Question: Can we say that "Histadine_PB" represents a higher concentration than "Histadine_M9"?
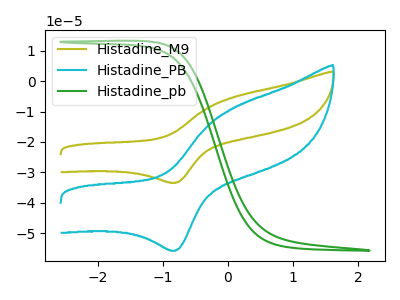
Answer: <think>The olive curve "Histadine_M9" has an anodic peak at (0.05V, -5.40uA) and a cathodic peak at (-0.80V, -33.50uA). The cyan curve "Histadine_PB" has an anodic peak at (0.05V, -9.00uA) and a cathodic peak at (-0.80V, -55.85uA). The green curve "Histadine_pb" has no peaks.
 All the peaks in "Histadine_PB" have a peak in "Histadine_M9" at the same potential.</think>
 <answer>I cant tell if "Histadine_PB" or "Histadine_M9" has higher concentration.</answer>
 <eval>mixed_concentration</eval>